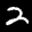
Label: 2